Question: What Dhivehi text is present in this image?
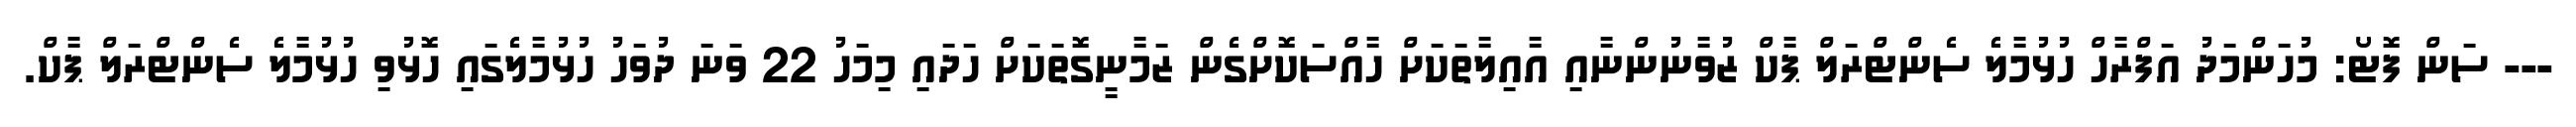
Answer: --- ސަން ފޮޓޯ: މުހަންމަދު އަފްރާހް ހުޅުމާލެ ސެންޓްރަލް ޕާކް ޒުވާނުންނާއި އާއިލާތަކަށް ހާއްސަކޮށްގެން ޒަމާނީގޮތަކަށް ހަދައި މިމަހު 22 ވަނަ ދުވަހު ހުޅުމާލެގައި ހޮޅުވި ހުޅުމާލެ ސެންޓްރަލް ޕާކް.